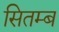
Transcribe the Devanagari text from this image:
सितम्ब